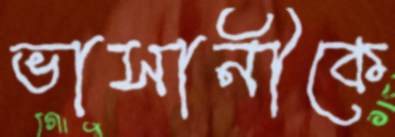
ভাসানীকে